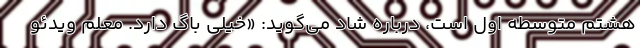
هشتم متوسطه اول است، درباره شاد می‌گوید: «خیلی باگ دارد. معلم ویدئو